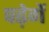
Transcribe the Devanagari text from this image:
पढ़ेगें